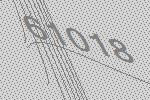
61018